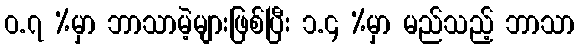
ဝ.၇ %မှာ ဘာသာမဲ့များဖြစ်ပြီး ၁.၄ %မှာ မည်သည့် ဘာသာ